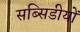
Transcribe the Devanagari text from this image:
सब्सिडीयों